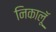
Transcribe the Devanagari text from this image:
निकालूॅ